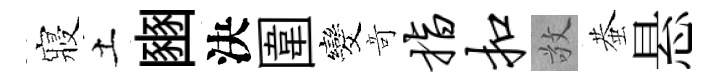
寢土豳決圍发竒指扣敬蛬悬